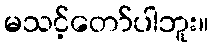
မသင့်တော်ပါဘူး။